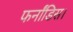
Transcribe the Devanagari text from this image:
फर्नांडिस।